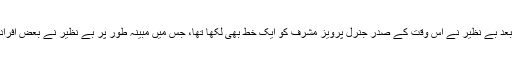
جلاوطنی ختم کرکے پاکستان آنے کا ارادہ کرنے کے بعد بے نظیر نے اس وقت کے صدر جنرل پرویز مشرف کو ایک خط بھی لکھا تھا، جس میں مبینہ طور پر بے نظیر نے بعض افراد کے نام بیان کرکے اپنی ہلاکت کا خدشہ ظاہر کیا تھا۔